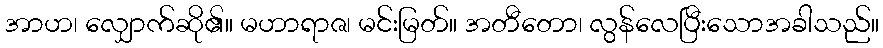
အာဟ၊ လျှောက်ဆို၏။ မဟာရာဇ၊ မင်းမြတ်။ အတီတော၊ လွန်လေပြီးသောအခါသည်။